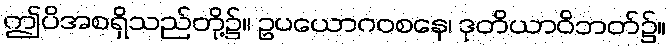
ဤပိအစရှိသည်တို့၌။ ဥပယောဂဝစနေ၊ ဒုတိယာဝိဘတ်၌။